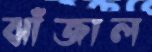
ঝাঁজাল